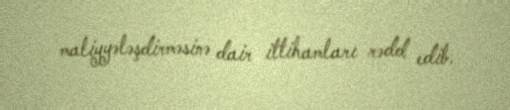
maliyyələşdirməsinə dair ittihamları rədd edib.